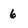
Character: 6